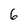
Character: 6